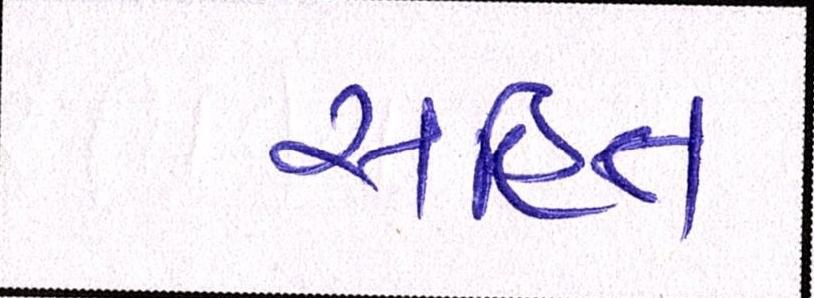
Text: સહિત